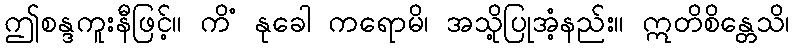
ဤစန္ဒကူးနီဖြင့်။ ကိံ နုခေါ ကရောမိ၊ အသို့ပြုအံ့နည်း။ ဣတိစိန္တေသိ၊